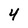
Character: 4